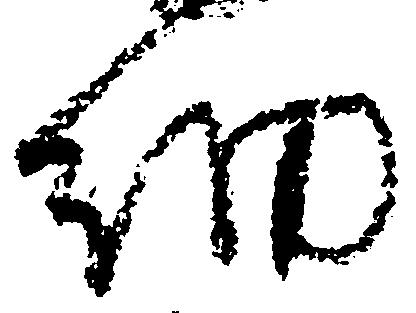
細